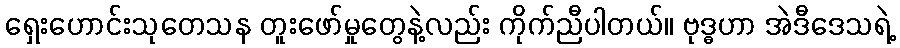
ရှေးဟောင်းသုတေသန တူးဖော်မှုတွေနဲ့လည်း ကိုက်ညီပါတယ်။ ဗုဒ္ဓဟာ အဲဒီဒေသရဲ့